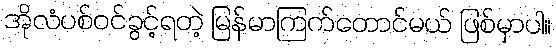
အိုလံပစ်ဝင်ခွင့်ရတဲ့ မြန်မာကြက်တောင်မယ် ဖြစ်မှာပါ။